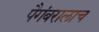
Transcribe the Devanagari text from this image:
पैगंबरालाच